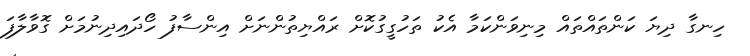
ހިނގާ ދިޔަ ކަންތައްތައް މިނިވަންކަމާ އެކު ތަހުގީގުކޮށް ރައްޔިތުންނަށް އިންސާފު ހޯދައިދިނުމަށް ގޮވާލާފަ